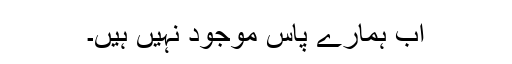
اب ہمارے پاس موجود نہیں ہیں۔